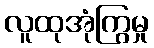
လူထုအုံကြွမှု